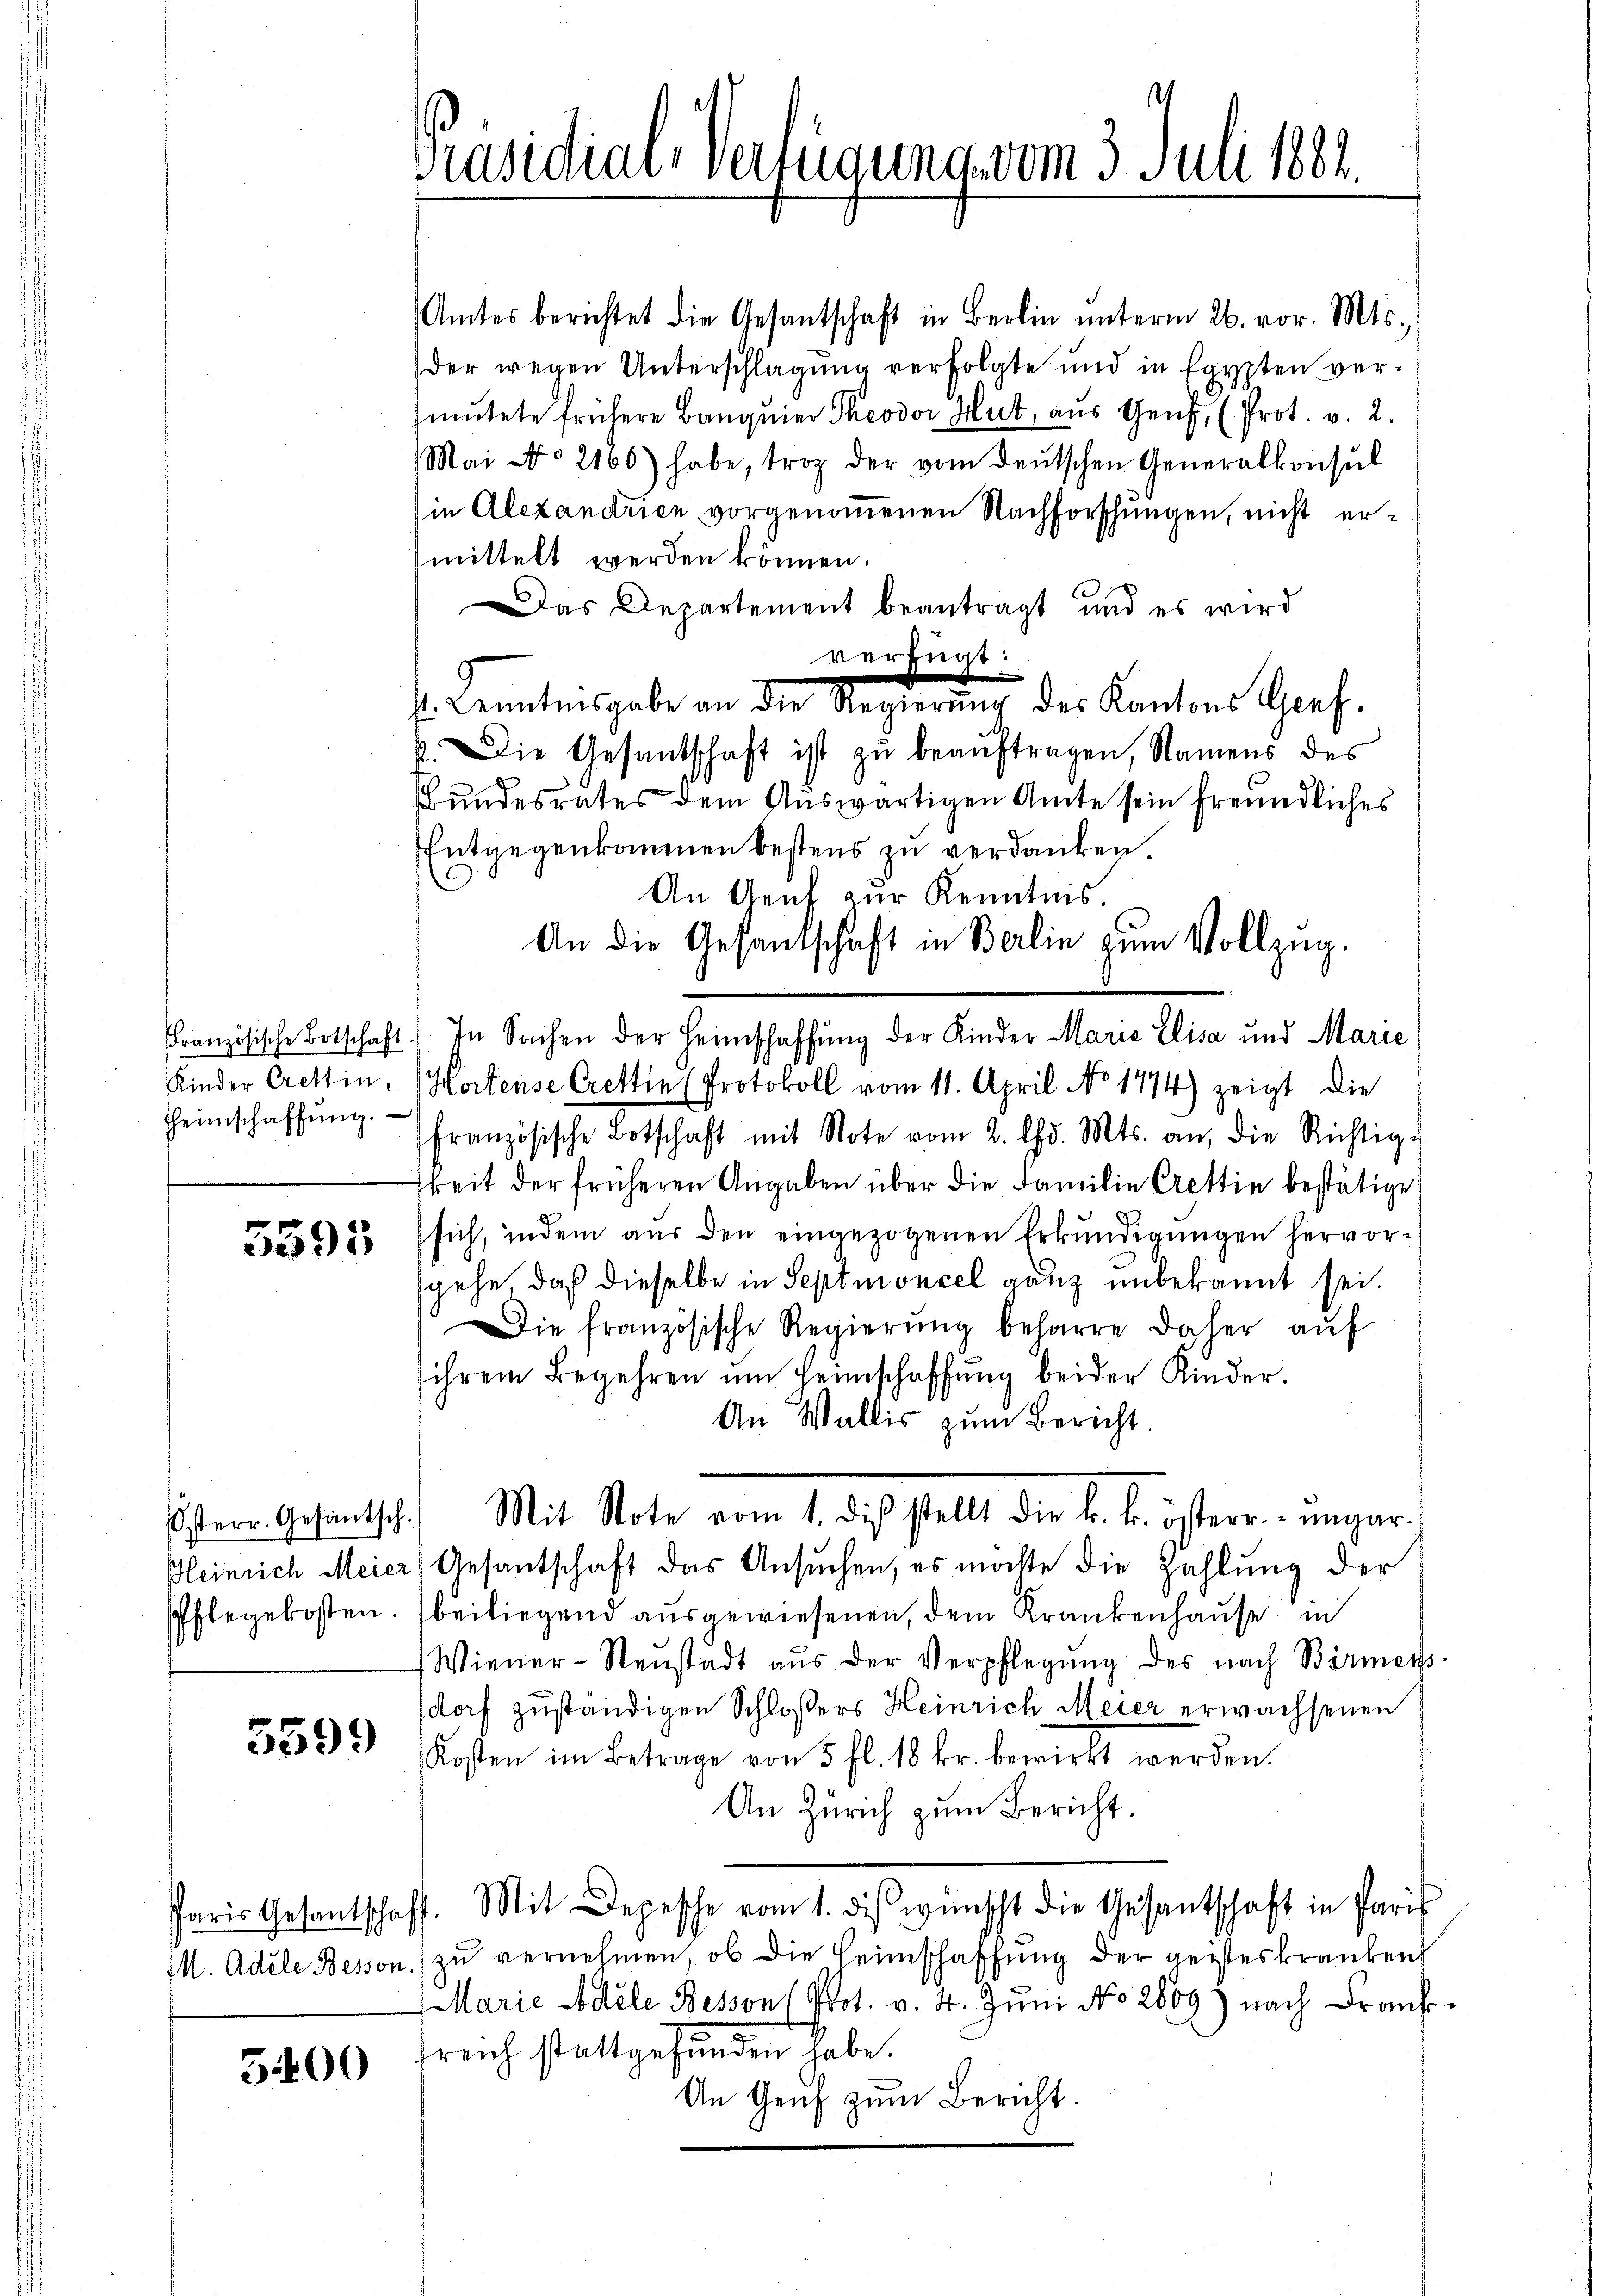
Kinder Crettin,
Heimschaffŭng.

5593

5399

5400

Amtes berichtet die Gesantschaft in Berlin ŭnterm 26. vor. Mts.,
der wegen Unterschlagung verfolgte und in Egypten vermŭtete frühere Banqŭier Theodor Hut, aŭs Genf, (Prot. v. 2.
Mai No 2166) habe, trop der vom deŭtschen Generalkonsul
sin Alexandrien vorgenommenen Nachforschungen, nicht ermittelt werden können.
as Departement beantragt und es wird
verfügt:
E. Kenntnisgabe an die Regierung des Kantons Ges.
2. Die Gesandschaft ist zŭ beaŭftragen, Namens des
Bundesrates dem Auswärtigen Amte sein freundliches
Entgegenkommen bestens zu verdanken
An Genf zur Kenntnis.
An die Gesantschaft in Berlin zum Vollzug.
Französische Botschaft) In Sachen der Heimschaffung der Kinder Maria Elisa und Marie
Hortense Crettin (Protokoll vom 11. April No 1774) zeigt die
französische Botschaft mit Note vom 2. d. Mts. an, die Richtig-
keit der früheren Angaben über die Familie Crettin bestätige
sich, indem aŭs den eingezogenen Erkŭndigungen hervorsgehe, daß dieselbe in Septmoncel ganz unbekannt sei.
Die französische Regierŭng beharre daher aŭf
ihrem Begehren ŭm Heimschaffŭng beider Kinder.
An Wallis zum Bericht.
östern Gesandtsch. Mit Note vom 1. des stellt die k. k. österr.-ungar
Heinrich Meier, Gesantschaft das Ansuchen, es möchte die Zahlung der
Pflegekosten. beiliegend ausgewiesenen, dem Krankenhause in
Wiener-Neustadt aus der Verpflegŭng des nach Birmens-
dorf zuständigen Schlossers Heinrich Meier erwachsenen
Kosten im Betrage von 5 fl. 18 kr. bewirkt werden.
An Zürich zum Bericht.
Paris Gesantschaft. Mit Depesche vom 1. diβ wünscht die Gesantschaft in Paris
M. Adele Bessen zu vernehmen, ob die Heimschaffung der geisteskranken
Marie Adele Bessens Prot. v. 4. Juni No 2809) nach Frankfreich stattgefunden habe.
An Genf zum Bericht.

Präsidial-Verfügung vom 3. Juli 1882.